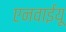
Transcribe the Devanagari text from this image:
एनवाईयू